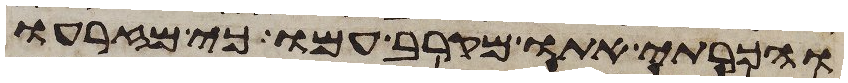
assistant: והכרתי אתו מקרב עמו כי מזרעו